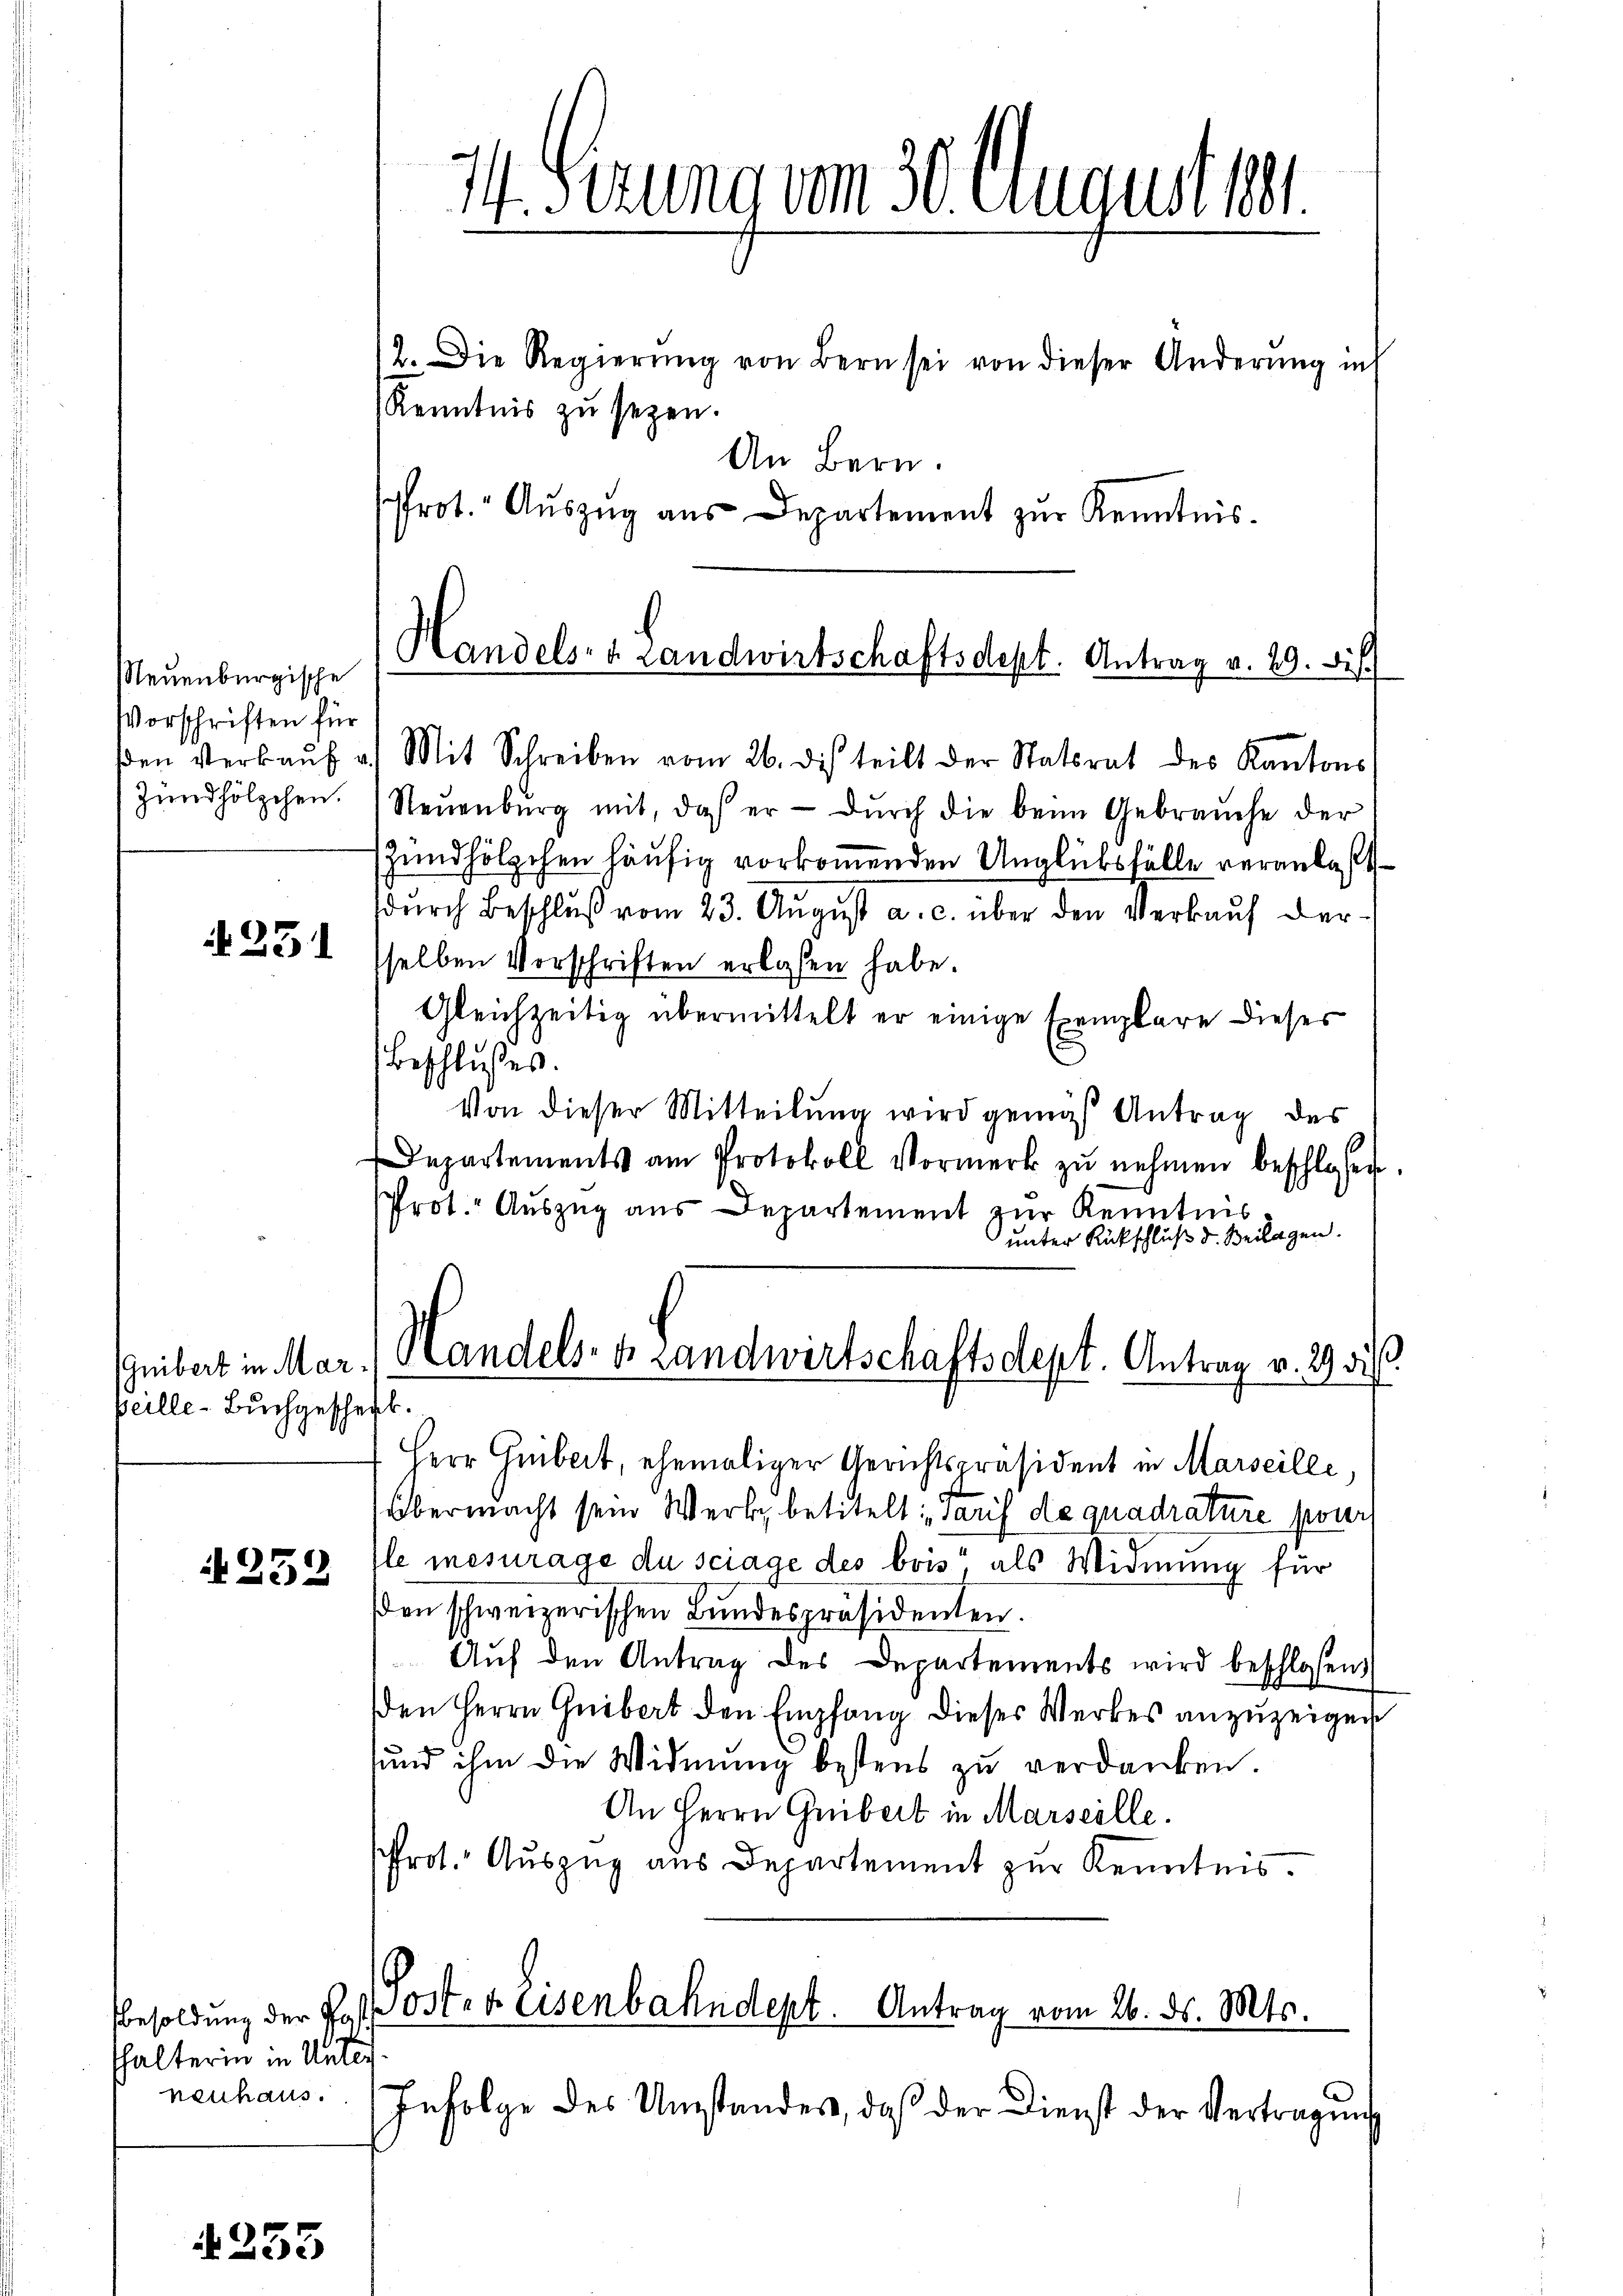
Neuenburgische
Vorschriften für
den Verkauf a.
Zündhölzchen.

N 231

Guibert in Marpeille-Buchgesche

A 259

halterin in Unter
neuhaus.

4253

14. Ferung um 30. August 191.

Handels- u. Landwirtschaftsdept. Antrag v. 29. Si

17. Die Regierŭng von Bern sei von dieser Änderŭng in
Kenntnis zu sezen.
An Bern.
Prot. Aŭszŭg aŭs Departement zŭr Kenntnis.
Mit Schreiben vom 26. dis teilt der Statsrat des Kantons
Neŭenbŭrg mit, das er dŭrch die beim Gebrauche der
Zündhölzchen häufig vorkommenden Unglüksfälle veranlaßt
dŭrch Beschlŭβ vom 23. August a. c. über den Verkauf dersselben Vorschriften erlesen habe.
Gleichzeitig übermittelt er einige Exemplare dieses
Beschlußes.
Von dieser Mitteilung wird gemäß Antrag des
Departements am Protokoll Vormerk zŭ nehmen beschlosen
Prot. Auszug aus Departement zur Kenntnis
unter Rückschluß d. Beilagen.
Handels- u Landwirtschaftsdept. Antrag v. 29 di
b.
Herr Gubert, ehemaliger Gerichtspräsident in Marseille,
Übermacht sein Werk, betitelt: Paris de quadrature pour
le mesurage du sciage des bois, als Widmung für
sen schweizerischen Bundespräsidenten.
Auf den Antrag des Departements wird beschlossen,
en Herrn Grebert den Empfang dieses Werkes anzuzeigen
und ihm die Widmung bestens zu verdanken
An Herrn Geibert in Marseille.
Prot. Auszug aus Departement zur Kenntnis.

Besoldung der Hof Posten Eisenbahndept. Antrag vom 26. ds. Mts.

Infolge des Umstandes, daß der Dienst der Vertragung